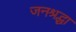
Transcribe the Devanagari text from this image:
जनश्रद्धा